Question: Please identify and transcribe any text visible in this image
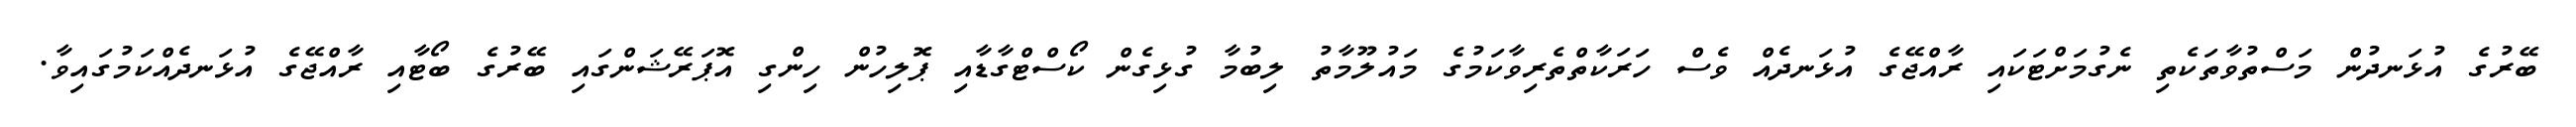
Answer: ބޭރުގެ އުޅަނދުން މަސްތުވާތަކެތި ނެގުމަށްޓަކައި ރާއްޖޭގެ އުޅަނދެއް ވެސް ހަރަކާތްތެރިވާކަމުގެ މައުލޫމާތު ލިބުމާ ގުޅިގެން ކޯސްޓްގާޑާއި ޕޮލިހުން ހިންގި އޮޕަރޭޝަންގައި ބޭރުގެ ބޯޓާއި ރާއްޖޭގެ އުޅަނދެއްކަމުގައިވާ.